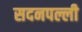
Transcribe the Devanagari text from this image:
सदनपल्ली